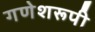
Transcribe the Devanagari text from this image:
गणेशरूपी